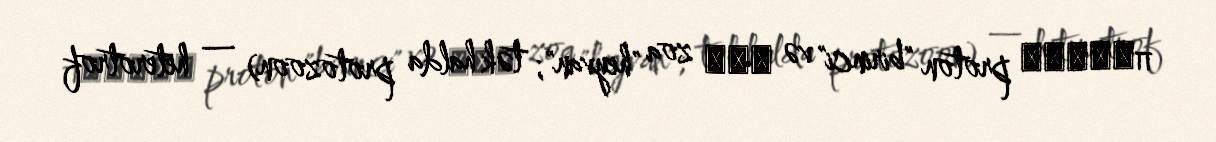
πρῶτον proton "birinci" və ζῷα zoa "heyvan"; tək halda protozoon) — heterotrof